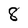
Character: 8